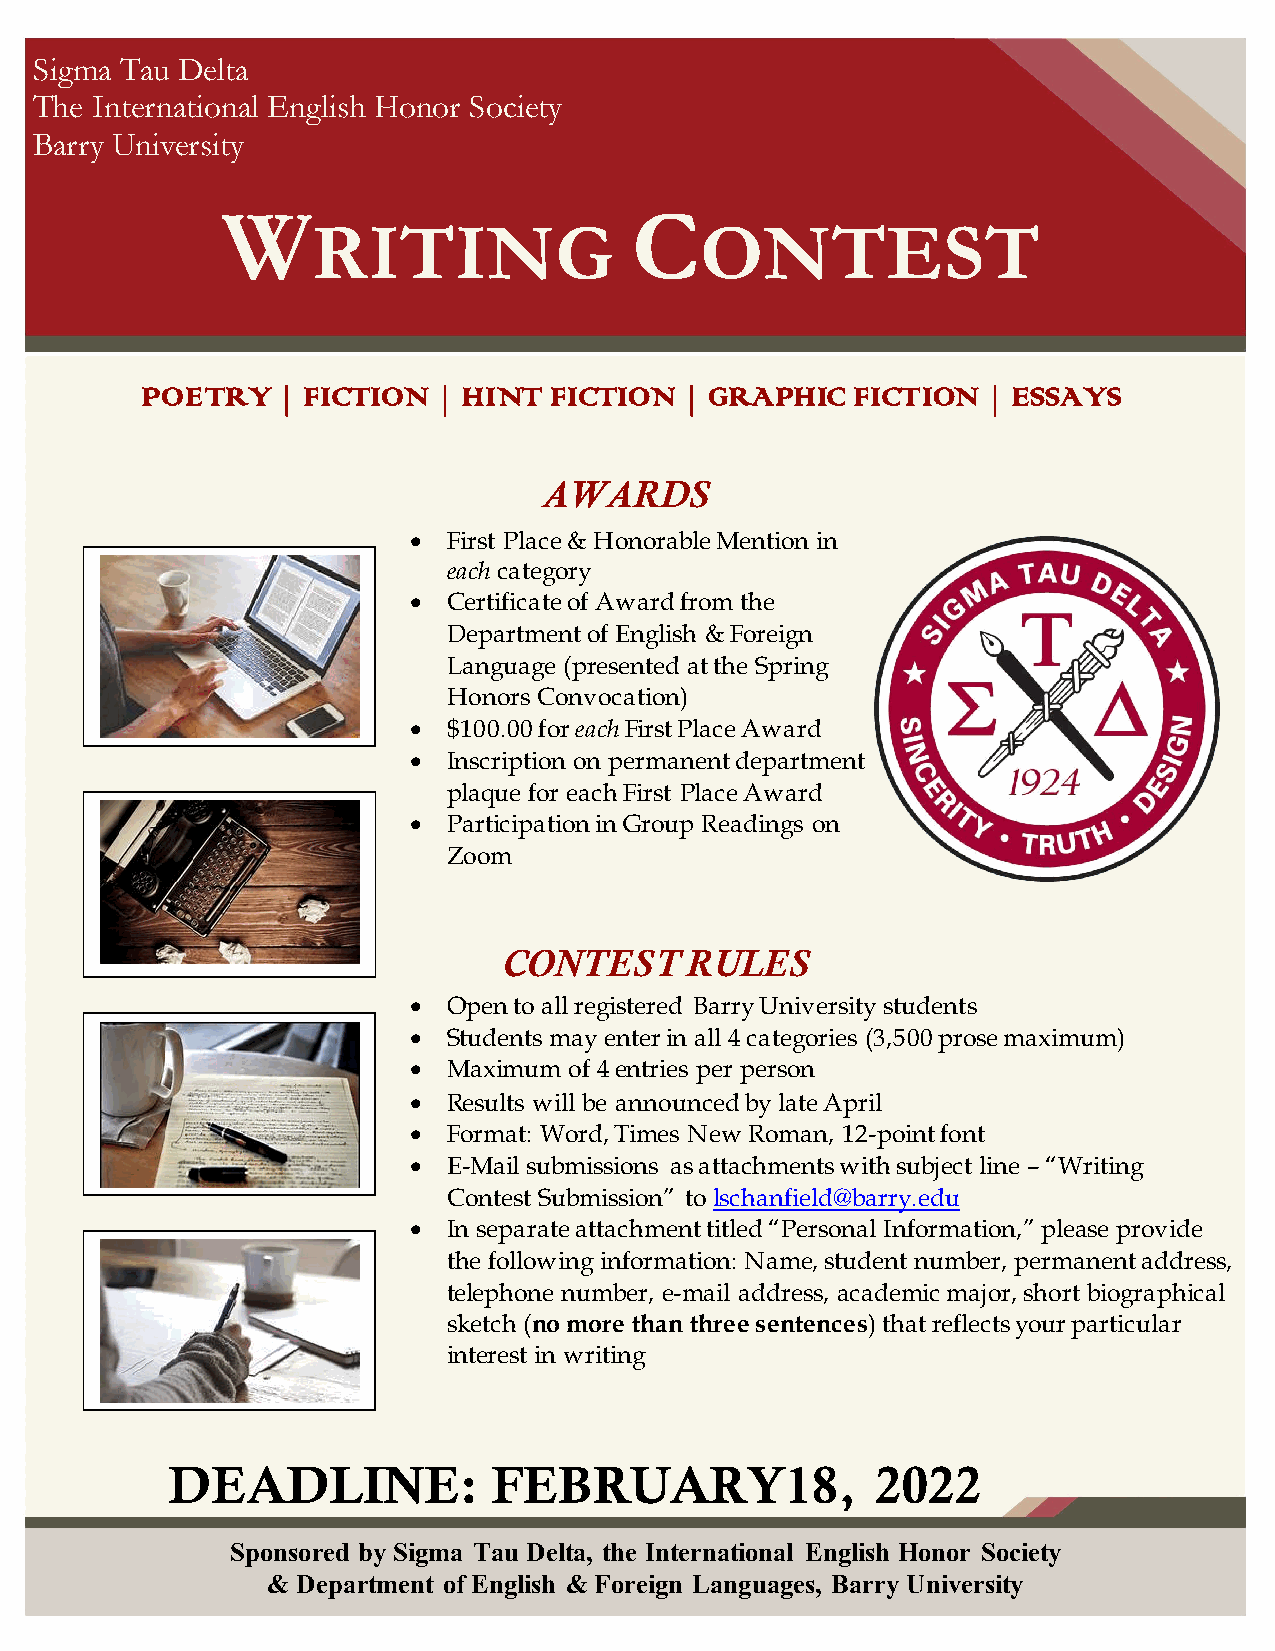
Sigma Tau Delta
 The International English Honor Society
 Barry University
 W                          C
 RITING                   ONTEST
 POETRY   | FICTION  | HINT FICTION  | GRAPHIC  FICTION  | ESSAYS
 AWARDS
 •  First Place & Honorable Mention in
 each category
 •  Certificate of Award from the
 Department of English & Foreign
 Language (presented at the Spring
 Honors Convocation)
 •  $100.00 for each First Place Award
 •  Inscription on permanent department
 plaque for each First Place Award
 •  Participation in Group Readings on
 Zoom
 CONTEST     RULES
 •  Open to all registered Barry University students
 •  Students may enter in all 4 categories (3,500 prose maximum)
 •  Maximum of 4 entries per person
 •  Results will be announced by late April
 •  Format: Word, Times New Roman, 12-point font
 •  E-Mail submissions as attachments with subject line – “Writing
 Contest Submission” to lschanfield@barry.edu
 •  In separate attachment titled “Personal Information,” please provide
 the following information: Name, student number, permanent address,
 telephone number, e-mail address, academic major, short biographical
 sketch (no more than three sentences) that reflects your particular
 interest in writing
 DEADLI        NE:     FEBRUARY18,              2022
 Sponsored by Sigma Tau Delta, the International English Honor Society
 & Depart ment of English & Foreign Languages, Barry University